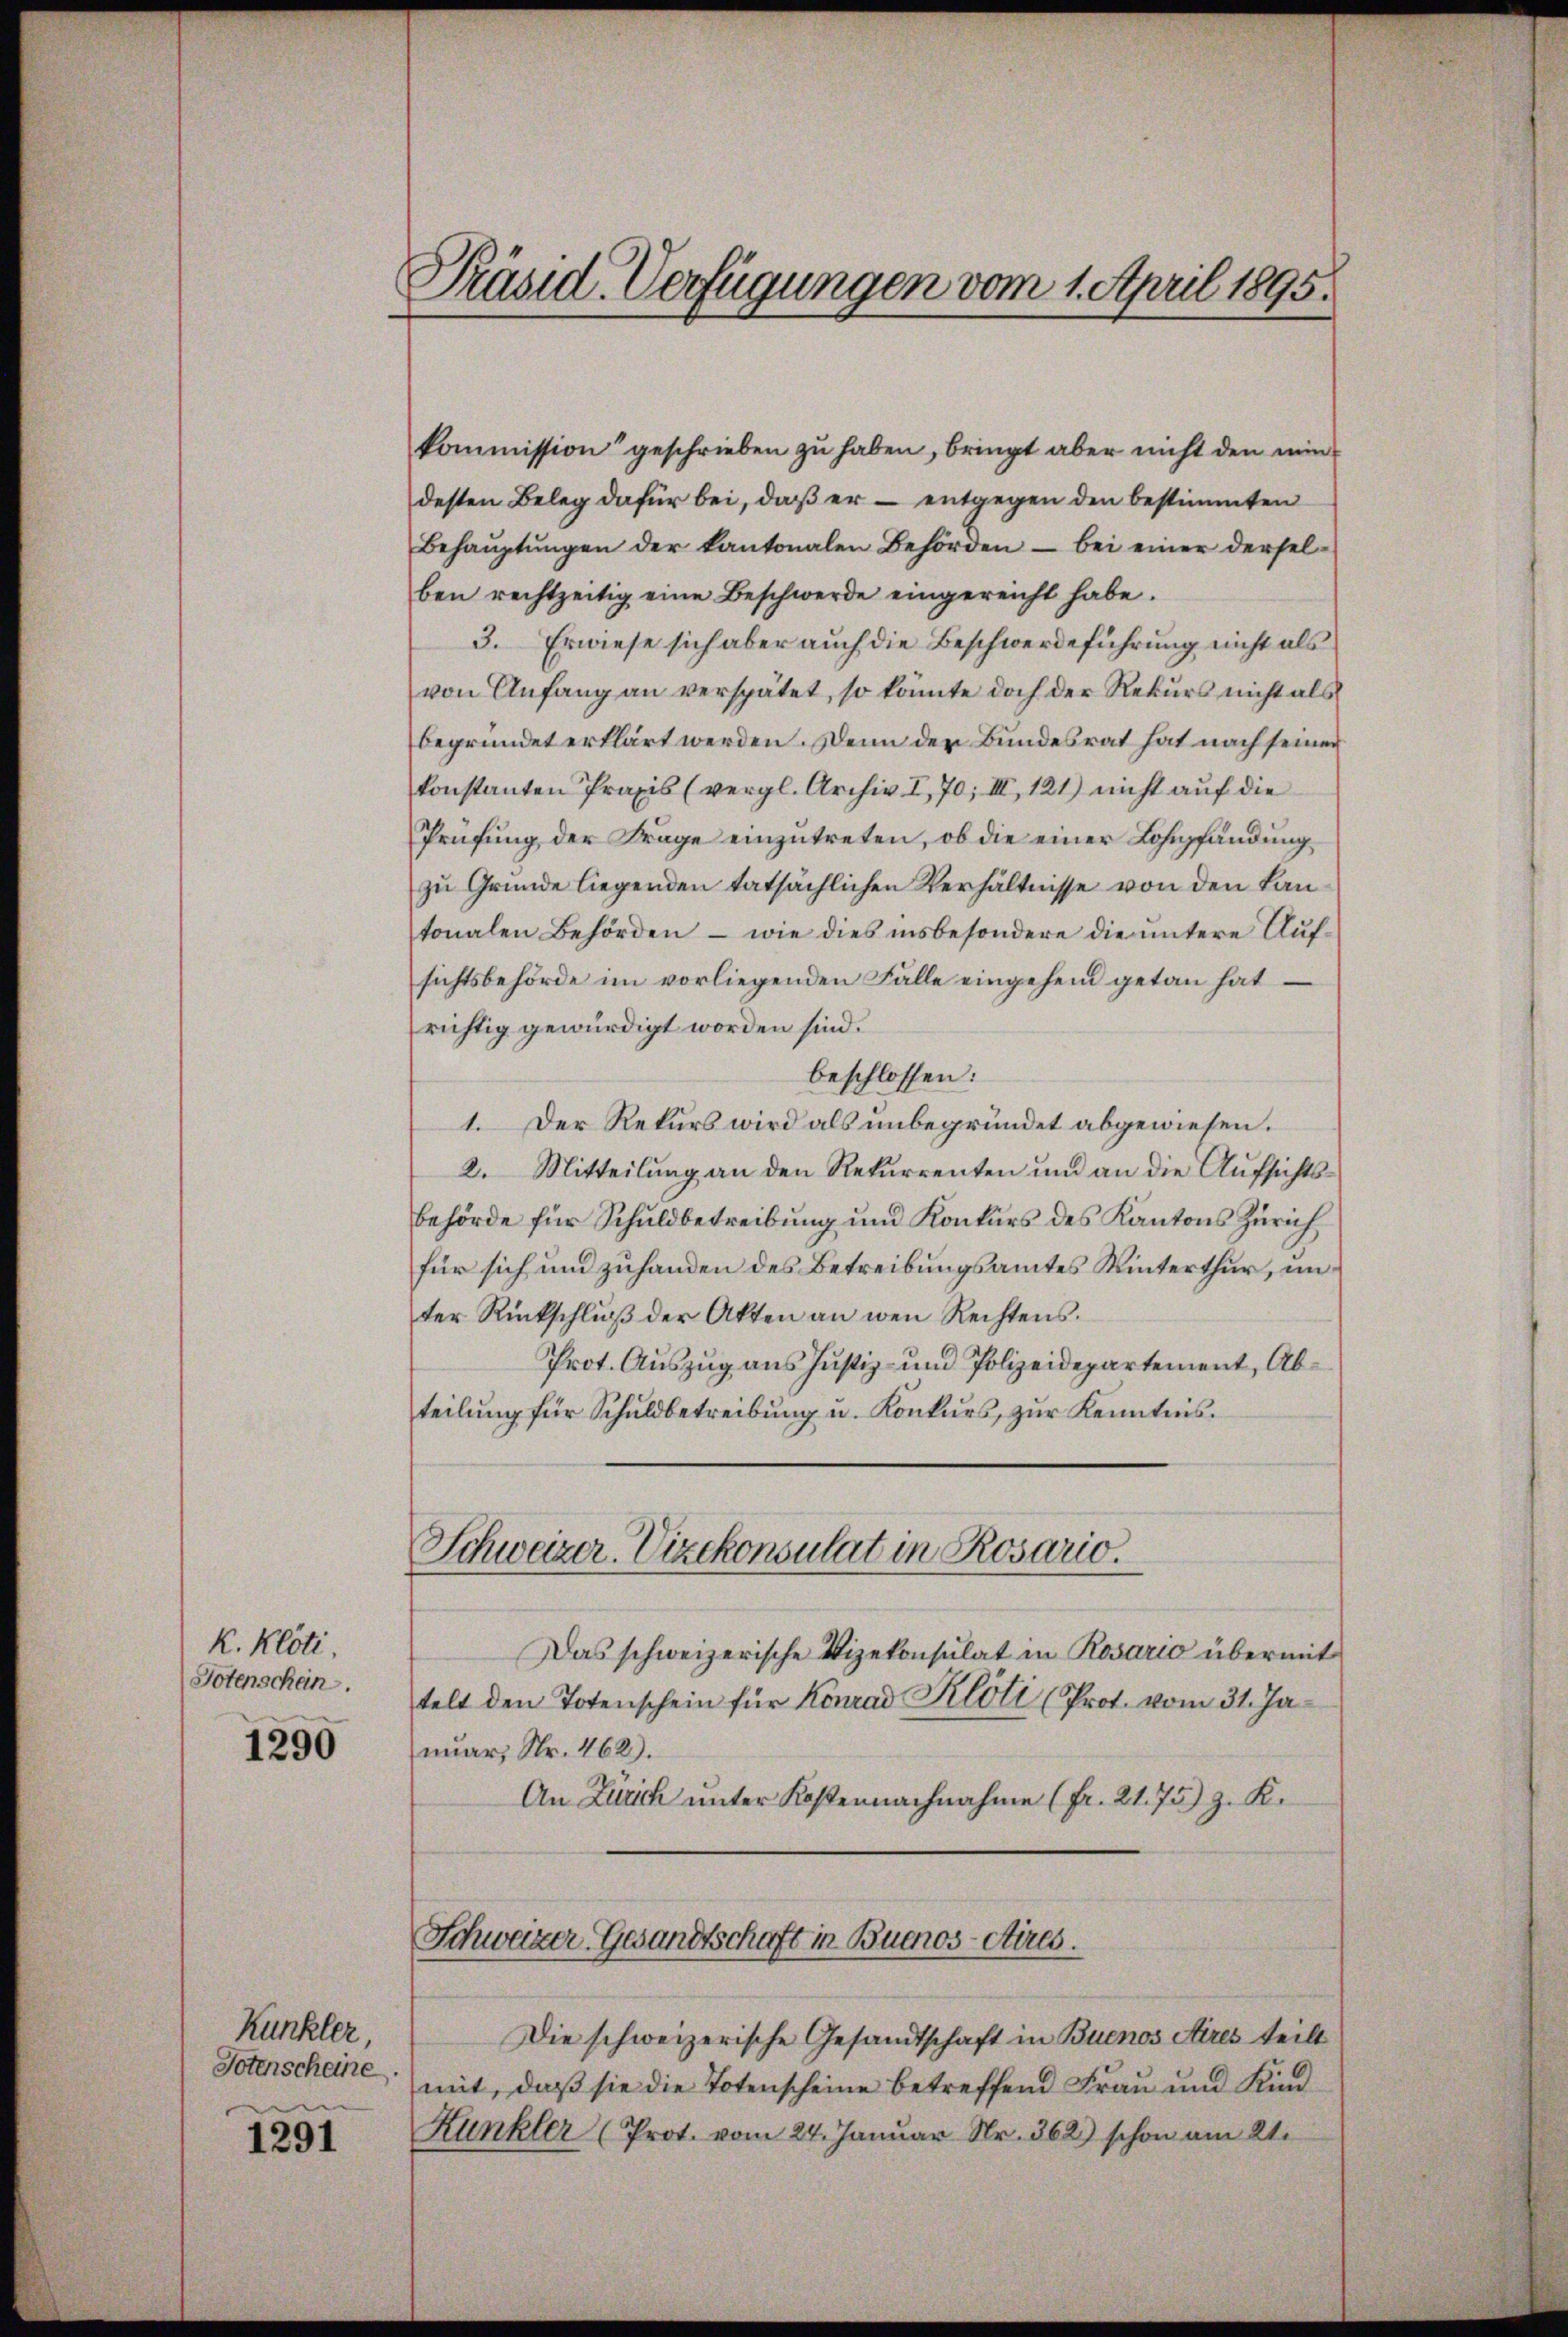
K. Klöti.
Potenschen.

1290

Kunkler,
Totenscheine.
n

1291

Präsid. Verfügungen vom 1. April 1895.

kommission“ geschrieben zu haben, bringt aber nicht den min
desten Beleg dafür bei, daß er – entgegen den bestimmten
Behaŭptŭngen der kantonalen Behörden bei einer dersel-
ben rechtzeitig eine Beschwerde eingereicht habe.
3. Erwiese sich aber auch die Beschwerdeführung nicht als
von Anfang an verspätet, so könnte doch der Rekurs nicht als
begründet erklärt werden. Denn der Bundesrat hat nach seiner
konstanten Praxis (vergl. Archiv I, 70; III, 121) nicht auf die
Prüfung der Frage einzutreten, ob die einer Lohnpfändung
zu Gründe liegenden tatsächlichen Verhältnisse von den Lantonalen Behörden – wie dies insbesondere die untere Aufsichtsbehörde im vorliegenden Fälle eingehend getan hat
richtig gewürdigt worden sind.
beschlossen:
1. Der Rekurs wird als unbegründet abgewiesen.
2. Mitteilung an den Rekurrenten und an die Aufsichtsbehörde für Schuldbetreibung und Konkurs des Kantons Zürich
für sich und zuhanden des Betreibungsamtes Winterthur, unter Rückschlŭβ der Akten an wen Rechtens.
Prot. Auszug aus Justiz- und Polizeidepartement, Abteilŭng für Schuldbetreibŭng u. Konkŭrs zŭr Kenntnis
Schweizer. Vizekonsulat in Rosario.
Das schweizerische Vizekonsulat in Rosario übermit
telt den Totenschein für Konrad Klöti (Prot. vom 31. Januar, Nr. 462).
An Zürich unter Kostennachnahme (fr. 21. 75) z. K.

Die schweizerische Gesandtschaft in Buenos Aires teilt
mit, daß sie die Totenscheine betreffend Frau und Kind
Kunkler (Prot. vom 24. Januar Nr. 362) schon am 21.

Schweizer-Gesandtschaft in Buenos-Aires.